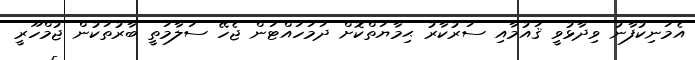
އެމަނިކުފާނު ވިދާޅުވީ ޤައުމާއި ސަރުކާރު ޙިމާޔަތްކޮށް ދަމަހައްޓަން ޖެހޭ ސަލާމަތީ ބާރުތަކުން ޖުމްހޫރީ